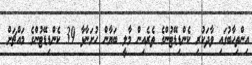
އިންތިހާބުގައި ވާދަކުރި ކެންޑިޑޭޓުންގެ ތެރެއިން މާލީ ބަޔާން ހުށަނާޅާ 39 ކެންޑިޑޭޓުންގެ މައްޗަށް